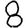
Digit: 8